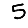
Digit: 5